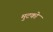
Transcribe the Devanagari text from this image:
मुटको